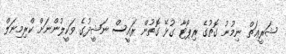
ޝަރީޢަތް ނިމުނު ގޮތުގެ ރިޕޯޓާ ގުޅޭ ގޮތުން ރައީސް ނަޝީދުގެ ވަކީލުންނަށް ކްރިމިނަލް